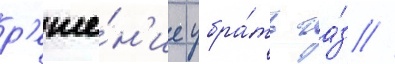
р'еше́н'ие убра́ть га́з //